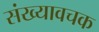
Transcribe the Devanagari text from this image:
संख्यावचक